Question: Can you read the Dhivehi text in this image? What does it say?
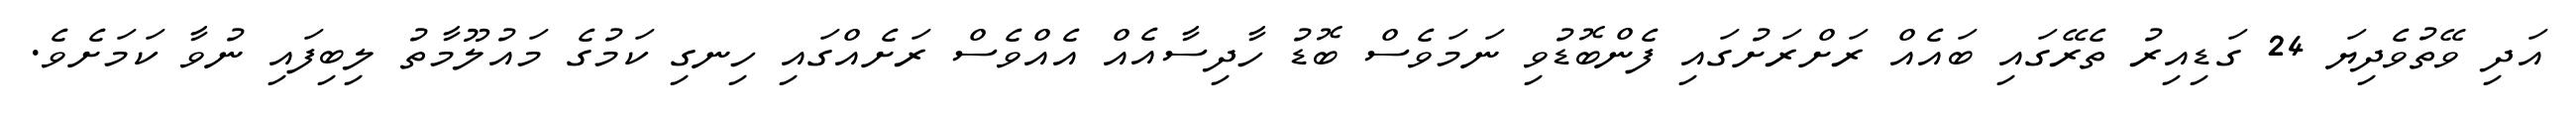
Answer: އަދި ވޭތުވެދިޔަ 24 ގަޑިއިރު ތެރޭގައި ބައެއް ރަށްރަށުގައި ފެންބޮޑުވި ނަމަވެސް ބޮޑު ހާދިސާއެއް އެއްވެސް ރަށެއްގައި ހިނގި ކަމުގެ މައުލޫމާތު ލިބިފައި ނުވާ ކަމަށެވެ.